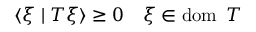
\langle \xi \mid T \xi \rangle \geq 0 \quad \xi \in \operatorname { d o m } \ T